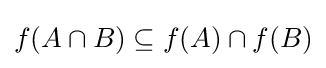
f(A\cap B)\subseteq f(A)\cap f(B)